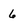
Character: 6